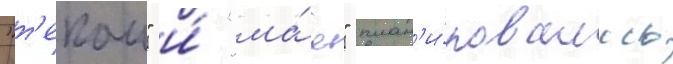
"т'екаи" и́ "ма́я" план'и́ровалось